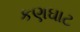
કણઘાટ